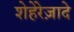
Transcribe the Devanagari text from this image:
शेहेरेज़ादे